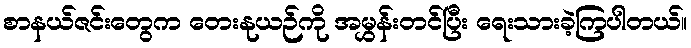
စာနယ်ဇင်းတွေက တေးနုယဉ်ကို အမွှန်းတင်ပြီး ရေးသားခဲ့ကြပါတယ်။